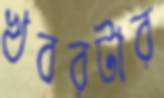
খবরটার